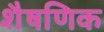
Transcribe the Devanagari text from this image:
शैषणिक